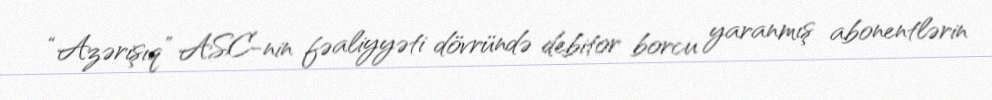
“Azərişıq” ASC-nin fəaliyyəti dövründə debitor borcu yaranmış abonentlərin